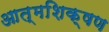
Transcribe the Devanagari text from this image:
आत्मशिक्षण